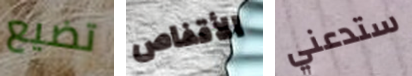
تضيع الأقفاص ستدعني